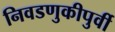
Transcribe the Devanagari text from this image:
निवडणुकीपुर्वी